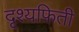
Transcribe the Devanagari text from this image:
दृश्यफिती